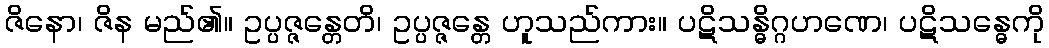
ဇိနော၊ ဇိန မည်၏။ ဥပ္ပဇ္ဇန္တေတိ၊ ဥပ္ပဇ္ဇန္တေ ဟူသည်ကား။ ပဋိသန္ဓိဂ္ဂဟဏေ၊ ပဋိသန္ဓေကို